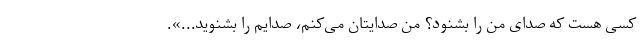
کسی هست که صدای من را بشنود؟ من صدایتان می‌کنم،‌ صدایم را بشنوید...».